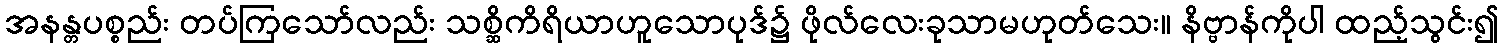
အနန္တပစ္စည်း တပ်ကြသော်လည်း သစ္ဆိကိရိယာဟူသောပုဒ်၌ ဖိုလ်လေးခုသာမဟုတ်သေး။ နိဗ္ဗာန်ကိုပါ ထည့်သွင်း၍